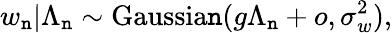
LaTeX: w_{\mathtt{n}}|\Lambda_{\mathtt{n}}\sim\mathrm{{Gaussia\mathtt{n}}}(g\Lambda_{\mathtt{n}}+o,\sigma_{w}^{2}),